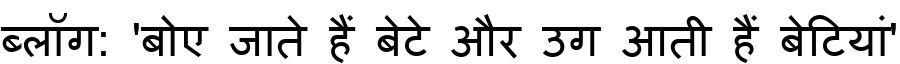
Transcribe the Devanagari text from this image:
ब्लॉग: 'बोए जाते हैं बेटे और उग आती हैं बेटियां'